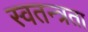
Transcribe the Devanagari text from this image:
स्‍वतन्त्रता